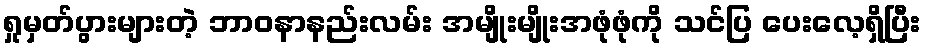
ရှုမှတ်ပွားများတဲ့ ဘာဝနာနည်းလမ်း အမျိုးမျိုးအဖုံဖုံကို သင်ပြ ပေးလေ့ရှိပြီး